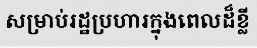
សម្រាប់រដ្ឋប្រហារក្នុងពេលដ៏ខ្លី